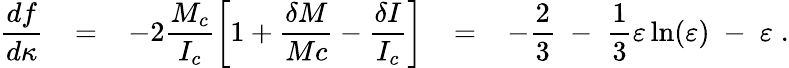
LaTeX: \frac{df}{d\kappa}\; \; \; =\; \; \; -2\frac{M_{c}}{I_{c}}\left[1+\frac{\delta M}{Mc}-\frac{\delta I}{I_{c}}\right]\; \; \; =\; \; \; -\frac{2}{3}\; -\; \frac{1}{3}\varepsilon\ln(\varepsilon)\; -\; \varepsilon\; .